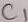
Text: C1